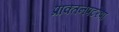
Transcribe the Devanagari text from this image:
प्राक्तनपटरेषा